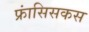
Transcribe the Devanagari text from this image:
फ्रांसिसकस